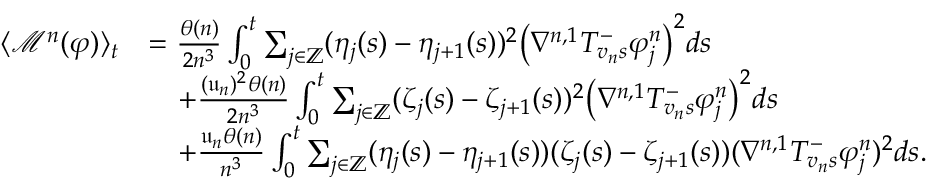
\begin{array} { r l } { \langle \mathcal { M } ^ { n } ( \varphi ) \rangle _ { t } } & { = \frac { \theta ( n ) } { 2 n ^ { 3 } } \int _ { 0 } ^ { t } \sum _ { j \in \mathbb { Z } } ( \eta _ { j } ( s ) - \eta _ { j + 1 } ( s ) ) ^ { 2 } \big ( \nabla ^ { n , 1 } T _ { v _ { n } s } ^ { - } \varphi _ { j } ^ { n } \big ) ^ { 2 } d s } \\ & { \quad + \frac { ( \mathfrak { u } _ { n } ) ^ { 2 } \theta ( n ) } { 2 n ^ { 3 } } \int _ { 0 } ^ { t } \sum _ { j \in \mathbb { Z } } ( \zeta _ { j } ( s ) - \zeta _ { j + 1 } ( s ) ) ^ { 2 } \big ( \nabla ^ { n , 1 } T _ { v _ { n } s } ^ { - } \varphi _ { j } ^ { n } \big ) ^ { 2 } d s } \\ & { \quad + \frac { \mathfrak { u } _ { n } \theta ( n ) } { n ^ { 3 } } \int _ { 0 } ^ { t } \sum _ { j \in \mathbb { Z } } ( \eta _ { j } ( s ) - \eta _ { j + 1 } ( s ) ) ( \zeta _ { j } ( s ) - \zeta _ { j + 1 } ( s ) ) ( \nabla ^ { n , 1 } T _ { v _ { n } s } ^ { - } \varphi _ { j } ^ { n } ) ^ { 2 } d s . } \end{array}